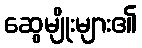
ဆွေမျိုးများ၏